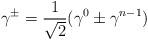
LaTeX: \begin{align*}\gamma^{\pm} = \frac{1}{\sqrt{2}} (\gamma^{0} \pm \gamma^{n-1})\end{align*}